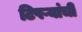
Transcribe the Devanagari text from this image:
टिपऱ्यांची